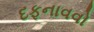
દફનાવવો